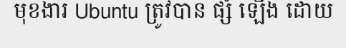
មុខងារ Ubuntu ត្រូវបាន ផ្សំ ឡើង ដោយ